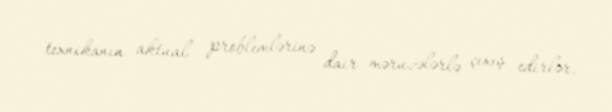
texnikanın aktual problemlərinə dair məruzələrlə çıxış edirlər.